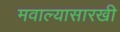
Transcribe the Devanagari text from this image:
मवाल्यासारखी